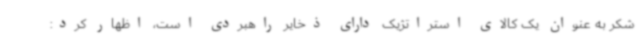
شکر به عنوان یک کالای استراتژیک دارای ذخایر راهبردی است، اظهار کرد: